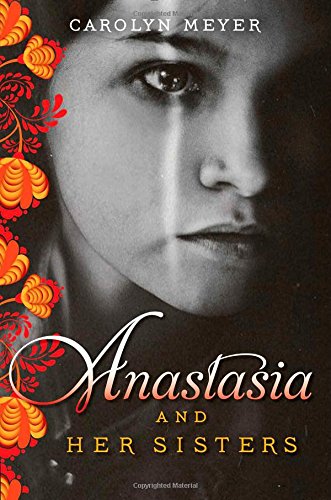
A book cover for Anastasia and Her Sisters; Carolyn Meyer; Teen & Young Adult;